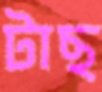
টাছ